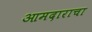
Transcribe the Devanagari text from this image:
आमदाराचा